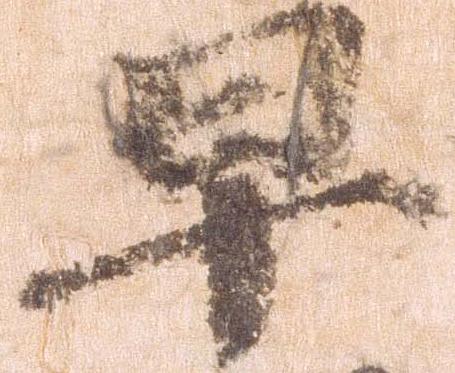
早